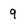
Character: 9